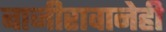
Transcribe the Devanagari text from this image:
बाजीरावानेही